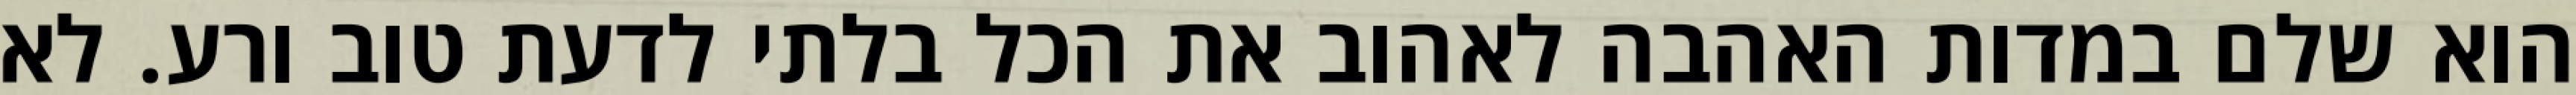
הוא שלם במדות האהבה לאהוב את הכל בלתי לדעת טוב ורע. לא